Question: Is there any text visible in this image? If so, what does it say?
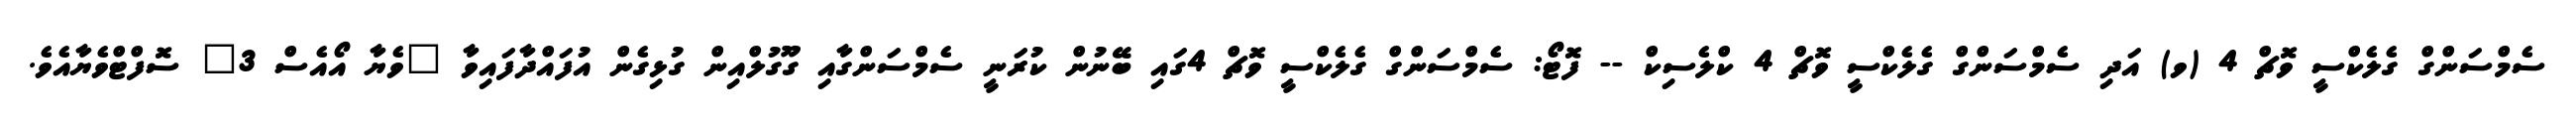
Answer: ސެމްސަންގް ގެލެކްސީ ވޮޗް 4 (ވ) އަދި ސެމްސަންގް ގެލެކްސީ ވޮޗް 4 ކްލެސިކް -- ފޮޓޯ: ސެމްސަންގް ގެލެކްސީ ވޮޗް 4ގައި ބޭނުން ކުރަނީ ސެމްސަންގާއި ގޫގުލްއިން ގުޅިގެން އުފައްދާފައިވާ "ވެޔާ އޯއެސް 3" ސޮފްޓްވެޔާއެވެ.